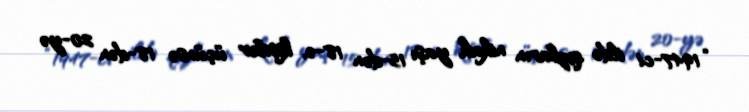
“1947-ci ildə qızların nikah yaşı 15-dən 18-ə, kişilər üçünsə 18-dən 20-yə